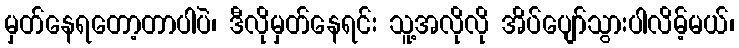
မှတ်နေရတော့တာပါပဲ၊ ဒီလိုမှတ်နေရင်း သူ့အလိုလို အိပ်ပျော်သွားပါလိမ့်မယ်၊